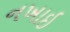
નખાઇ